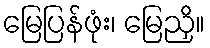
မြေပြန်ဖုံး၊ မြေညှိ။